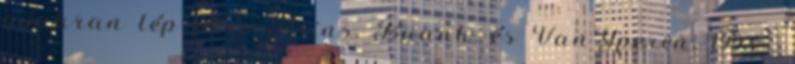
gyakran lép félre Prins, Buunk, és VanYperen, 1993 .